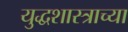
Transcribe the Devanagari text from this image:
युद्धशास्त्राच्या